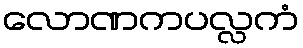
လောဏကပလ္လကံ